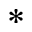
*